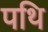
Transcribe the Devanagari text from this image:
पथि